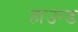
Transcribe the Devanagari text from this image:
हाउन्ड